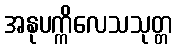
အနုပက္ကိလေသသုတ္တ